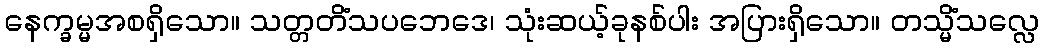
နေက္ခမ္မအစရှိသော။ သတ္တတိံသပဘေဒေ၊ သုံးဆယ့်ခုနစ်ပါး အပြားရှိသော။ တသ္မိံသလ္လေ